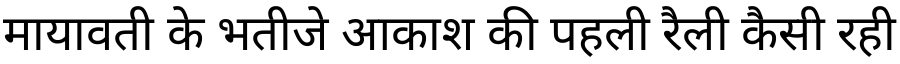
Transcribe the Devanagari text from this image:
मायावती के भतीजे आकाश की पहली रैली कैसी रही